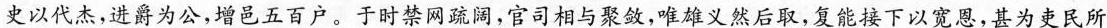
史以代杰，进爵为公，增邑五百户。于时禁网疏阔，官司相与聚敛，唯雄义然后取，复能接下以宽恩，甚为吏民所